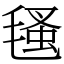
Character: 㲧